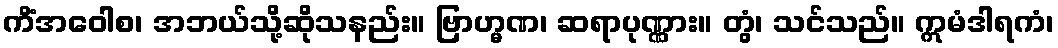
ကိံအဝေါစ၊ အဘယ်သို့ဆိုသနည်း။ ဗြာဟ္မဏ၊ ဆရာပုဏ္ဏား။ တွံ၊ သင်သည်။ ဣမံဒါရကံ၊